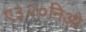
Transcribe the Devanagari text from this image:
ए३२०निओ